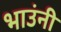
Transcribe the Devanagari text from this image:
भाउंनी